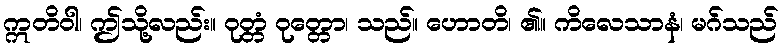
ဣတိဝါ၊ ဤသို့လည်း။ ဝုတ္တံ ဝုတ္တော၊ သည်။ ဟောတိ၊ ၏။ ကိလေသာနံ၊ မဂ်သည်